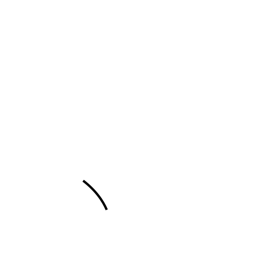
Meaning: dot